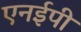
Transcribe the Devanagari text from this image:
एनईपी